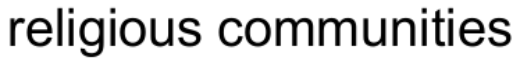
religious communities